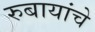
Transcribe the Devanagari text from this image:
रुबायांचे